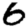
Digit: 8